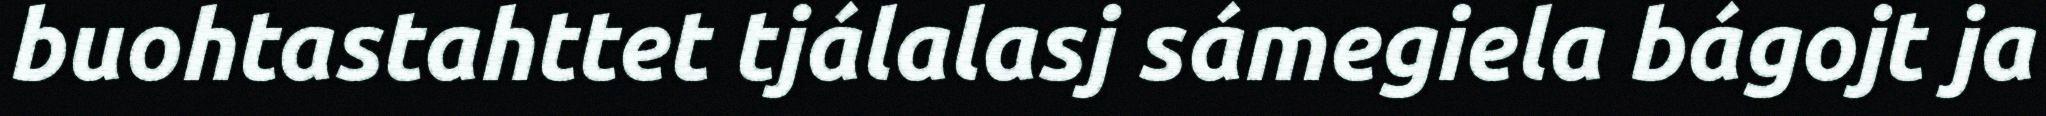
buohtastahttet tjálalasj sámegiela bágojt ja